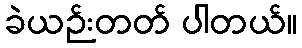
ခဲယဉ်းတတ် ပါတယ်။